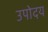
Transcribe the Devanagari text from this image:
उपोदय